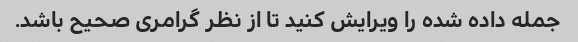
جمله داده شده را ویرایش کنید تا از نظر گرامری صحیح باشد.